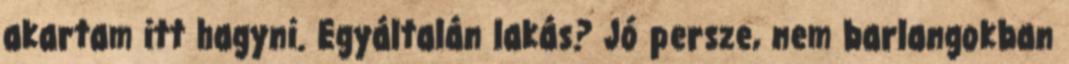
akartam itt hagyni. Egyáltalán lakás? Jó persze, nem barlangokban